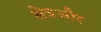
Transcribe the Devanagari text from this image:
क्षेत्रऔर